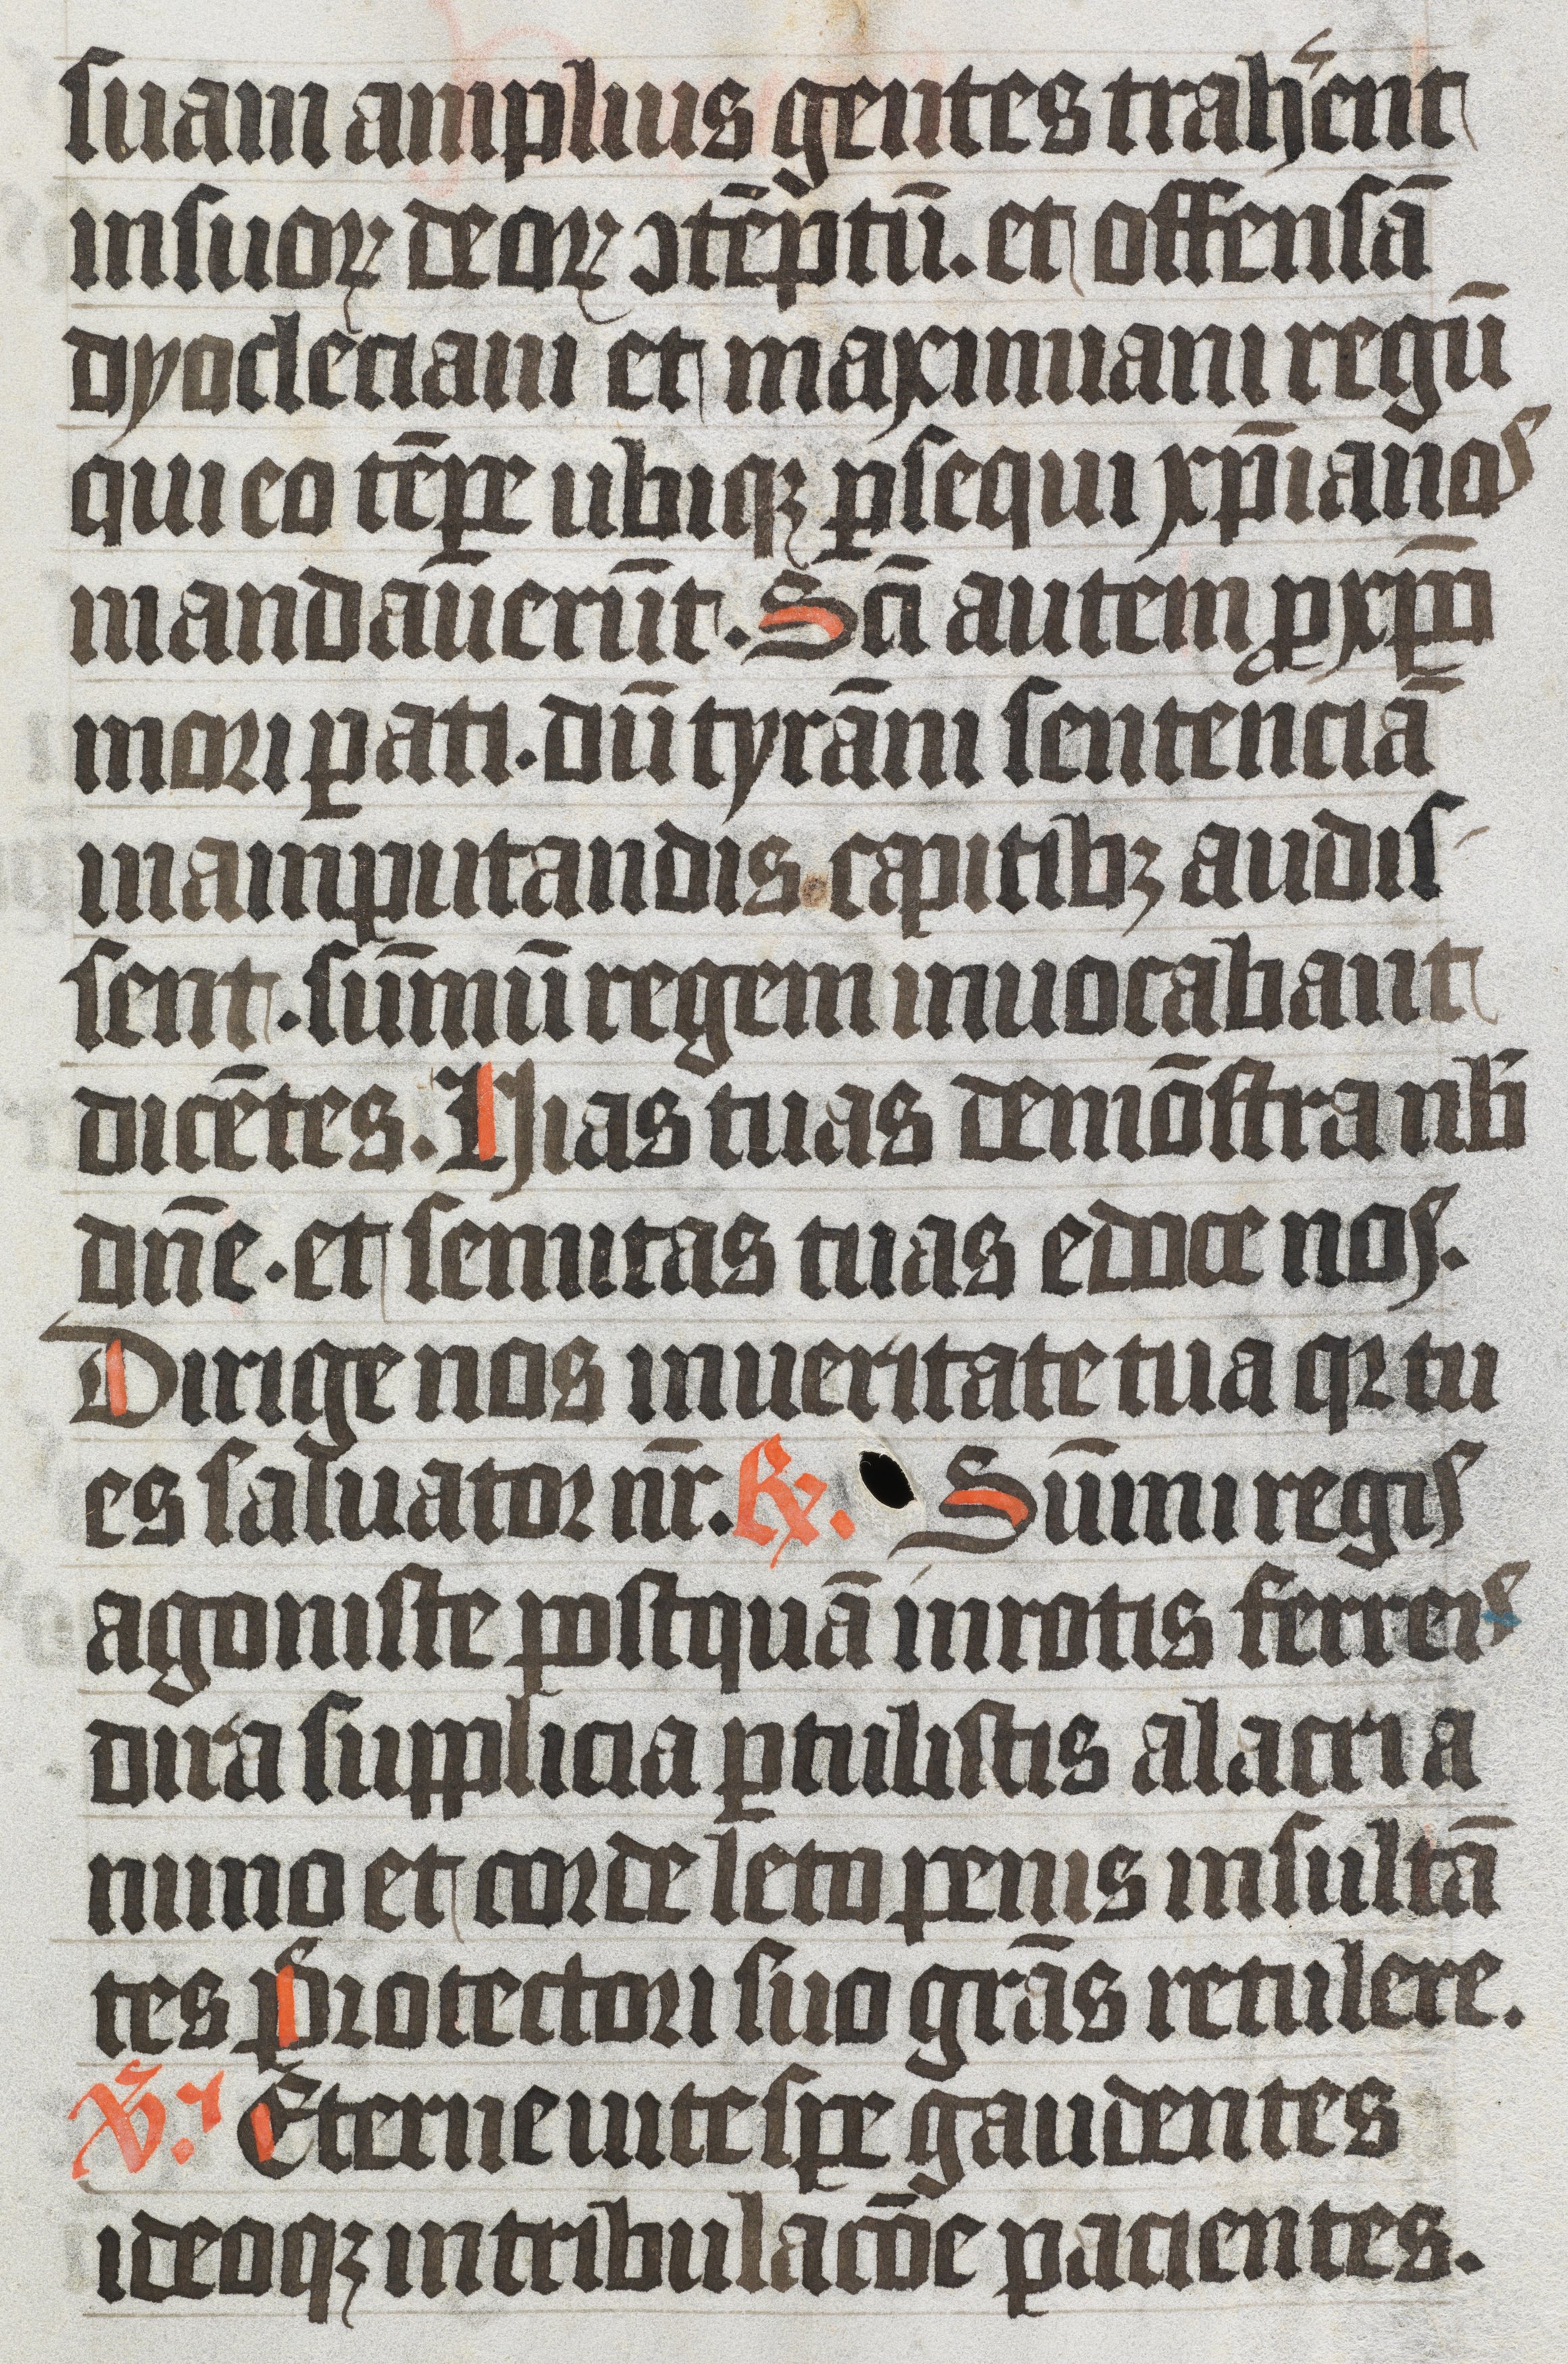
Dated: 1350–1399